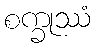
စက္ခုဿံ